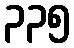
၃၃၅